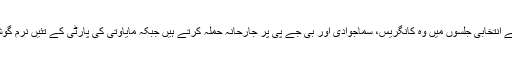
اترپردیش میں اپنے انتخابی جلسوں میں وہ کانگریس، سماجوادی اور بی جے پی پر جارحانہ حملہ کرتے ہیں جبکہ مایاوتی کی پارٹی کے تئیں نرم گوشہ اپنائے ہوئیہیں۔